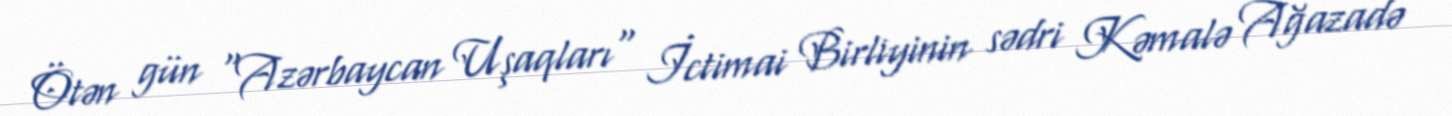
Ötən gün "Azərbaycan Uşaqları" İctimai Birliyinin sədri Kəmalə Ağazadə